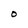
Character: O